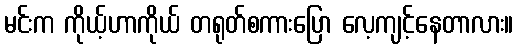
မင်းက ကိုယ့်ဟာကိုယ် တရုတ်စကားပြော လေ့ကျင့်နေတာလား။